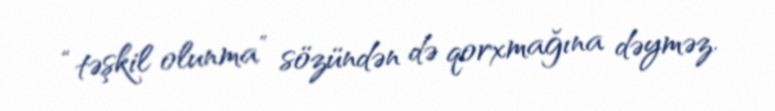
“təşkil olunma” sözündən də qorxmağına dəyməz.